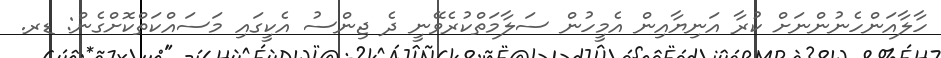
ހާލާއަންހެނުންނަށް ކުރާ އަނިޔާއިން އެމީހުން ސަލާމަތްކުރެވޭނީ ދެ ޖިންސު އެކީގައި މަސައްކަތްކޮށްގެން: ޑރ.